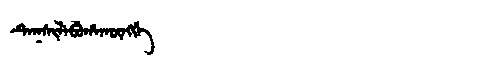
Manchu: ᡨᡝᡴᠰᡳᠯᡝᠪᡠᡥᠠᡴᡡᠩᡤᡝ
Romanization: TEKSILEBUHAKŪNGGE